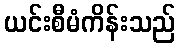
ယင်းစီမံကိန်းသည်